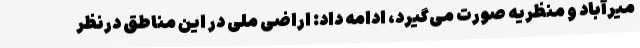
میرآباد و منظریه صورت می‌گیرد، ادامه داد: اراضی ملی در این مناطق درنظر